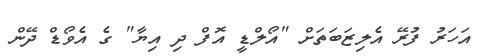
އަހަރު ފުރޭ އެލިޒަބަތަށް "އޯލްޑީ އޮފް ދި އިޔާ" ގެ އެވޯޑް ދޭން